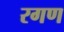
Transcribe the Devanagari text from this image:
रगण